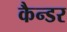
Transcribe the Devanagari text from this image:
कैन्डर